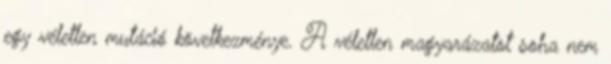
egy véletlen mutáció következménye. A véletlen magyarázatot soha nem